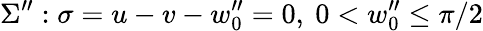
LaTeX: \Sigma^{\prime\prime}:\sigma=u-v-w_{0}^{\prime\prime}=0,~0<w_{0}^{\prime\prime}\leq\pi/2